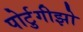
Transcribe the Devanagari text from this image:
पोर्टुगीझो